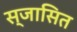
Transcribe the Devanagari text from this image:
स्जासित